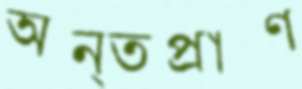
অন্তপ্রাণ